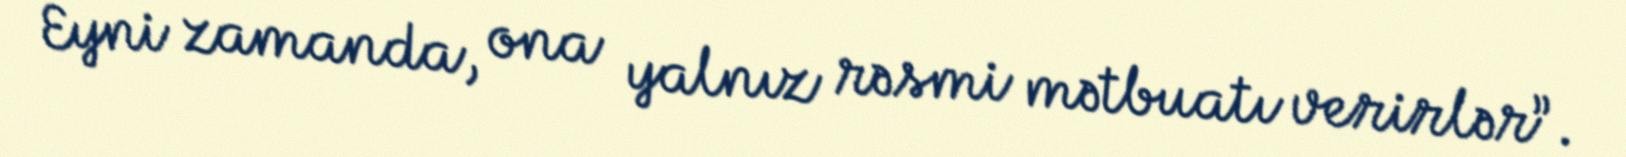
Eyni zamanda, ona yalnız rəsmi mətbuatı verirlər”.